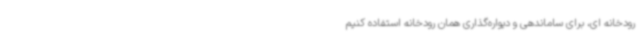
رودخانه ای، برای ساماندهی و دیواره‌گذاری همان رودخانه استفاده کنیم